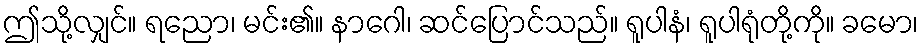
ဤသို့လျှင်။ ရညော၊ မင်း၏။ နာဂေါ၊ ဆင်ပြောင်သည်။ ရူပါနံ၊ ရူပါရုံတို့ကို။ ခမော၊